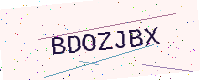
Text: BDOZJBX